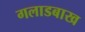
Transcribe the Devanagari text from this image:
गलाडबाख